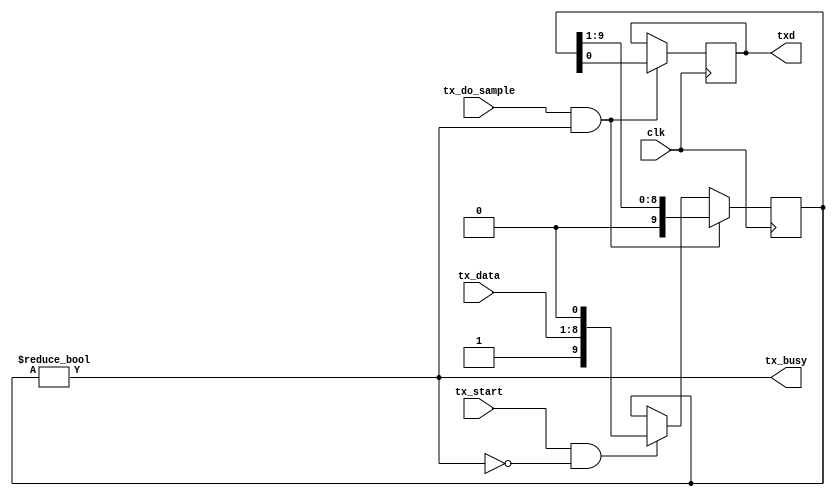
//--------------------------------------------------------------------------------
// UartTxExtreme.v
// Konstantin Pavlov, pavlovconst@gmail.com
//--------------------------------------------------------------------------------

// INFO --------------------------------------------------------------------------------
// Extreme minimal UART transmitter
//  
// CAUTION:
// optimized for 20MHz/115200
// tx_busy has been made asynchronous to tx_do_sample
// tx_start has no internal protection and should be rised only when tx_busy is low


/* --- INSTANTIATION TEMPLATE BEGIN ---

reg [7:0] tx_sample_cntr = 0;
always @ (posedge clk20) begin
	if (tx_sample_cntr[7:0] == 0) begin
		tx_sample_cntr[7:0] <= (173-1);
	end else begin
		tx_sample_cntr[7:0] <= tx_sample_cntr[7:0] - 1;
	end
end
wire tx_do_sample = (tx_sample_cntr[7:0] == 0);

UartTxExtreme UT1 (
    .clk(),
	//.tx_do_sample(),
	.tx_data(),
	.tx_start(),
	.tx_busy(),
	.txd()
    );

--- INSTANTIATION TEMPLATE END ---*/


module UartTxExtreme(clk, tx_do_sample, tx_data, tx_start, tx_busy, txd);


input wire clk;
input wire tx_do_sample;

input wire [7:0] tx_data;
input wire tx_start;
output wire tx_busy;
output reg txd = 1;


reg [9:0] tx_shifter = 0;
always @ (posedge clk) begin
	if (tx_start && ~tx_busy) begin
		tx_shifter[9:0] <= {1'b1,tx_data[7:0],1'b0};
	end	// tx_start
	
	if (tx_do_sample && tx_busy) begin
		{tx_shifter[9:0],txd} <= {tx_shifter[9:0],txd} >> 1;
	end	// tx_do_sample
end

assign
	tx_busy = (tx_shifter[9:0] != 0);

endmodule